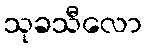
သုခသီလော